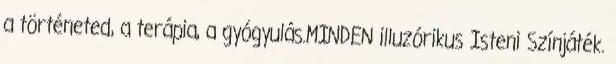
a történeted, a terápia, a gyógyulás.MINDEN illuzórikus Isteni Színjáték.